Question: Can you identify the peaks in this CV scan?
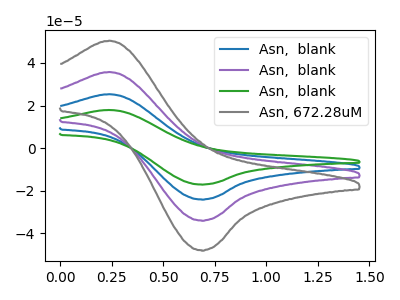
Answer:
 <answer>The blue curve "Asn,  blank" has an anodic peak at (0.25V, 71.40uA) and a cathodic peak at (0.70V, -67.80uA). The purple curve "Asn,  blank" has an anodic peak at (0.25V, 35.70uA) and a cathodic peak at (0.70V, -33.90uA). The green curve "Asn,  blank" has an anodic peak at (0.25V, 107.15uA) and a cathodic peak at (0.70V, -101.70uA). The gray curve "Asn, 672.28uM" has an anodic peak at (0.25V, 50.40uA) and a cathodic peak at (0.70V, -47.85uA).</answer>
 <eval></eval>